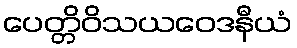
ပေတ္တိဝိသယဝေဒနီယံ